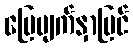
မြေမျက်နှာပြင်